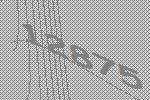
12875